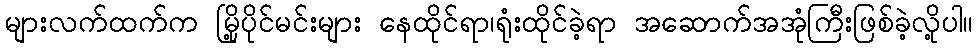
များလက်ထက်က မြို့ပိုင်မင်းများ နေထိုင်ရာ၊ရုံးထိုင်ခဲ့ရာ အဆောက်အအုံကြီးဖြစ်ခဲ့လို့ပါ။